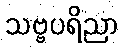
သဗ္ဗပရိညာ